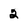
Character: 2